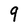
Character: 9